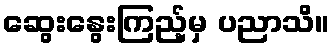
ဆွေးနွေးကြည့်မှ ပညာသိ။